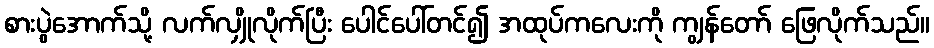
စားပွဲအောက်သို့ လက်လျှိုလိုက်ပြီး ပေါင်ပေါ်တင်၍ အထုပ်ကလေးကို ကျွန်တော် ဖြေလိုက်သည်။